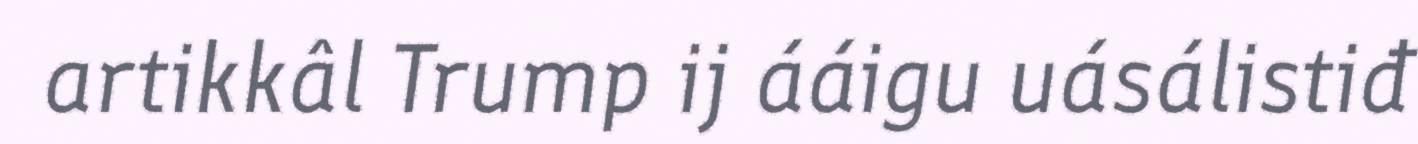
artikkâl Trump ij ááigu uásálistiđ